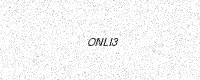
Text: ONLI3